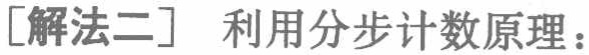
[解法二] 利用分步计数原理：